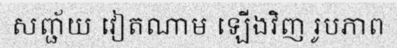
សញ្ជ័យ វៀតណាម ឡើងវិញ រូបភាព